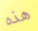
هذه